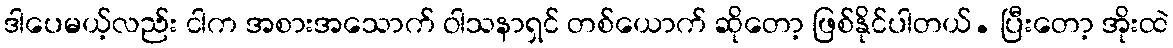
ဒါပေမယ့်လည်း ငါက အစားအသောက် ဝါသနာရှင် တစ်ယောက် ဆိုတော့ ဖြစ်နိုင်ပါတယ်. ပြီးတော့ အိုးထဲ